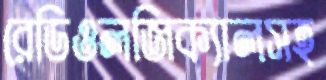
রেডিওলজিক্যালসহ